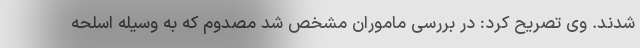
شدند. وی تصریح کرد: در بررسی ماموران مشخص شد مصدوم که به وسیله اسلحه